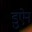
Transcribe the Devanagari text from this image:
डुऐन